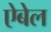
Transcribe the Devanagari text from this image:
ऐबेल